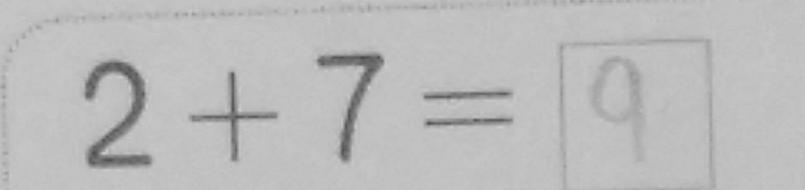
2 + 7 = 9